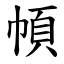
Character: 幁